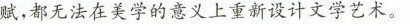
赋，都无法在美学的意义上重新设计文学艺术。